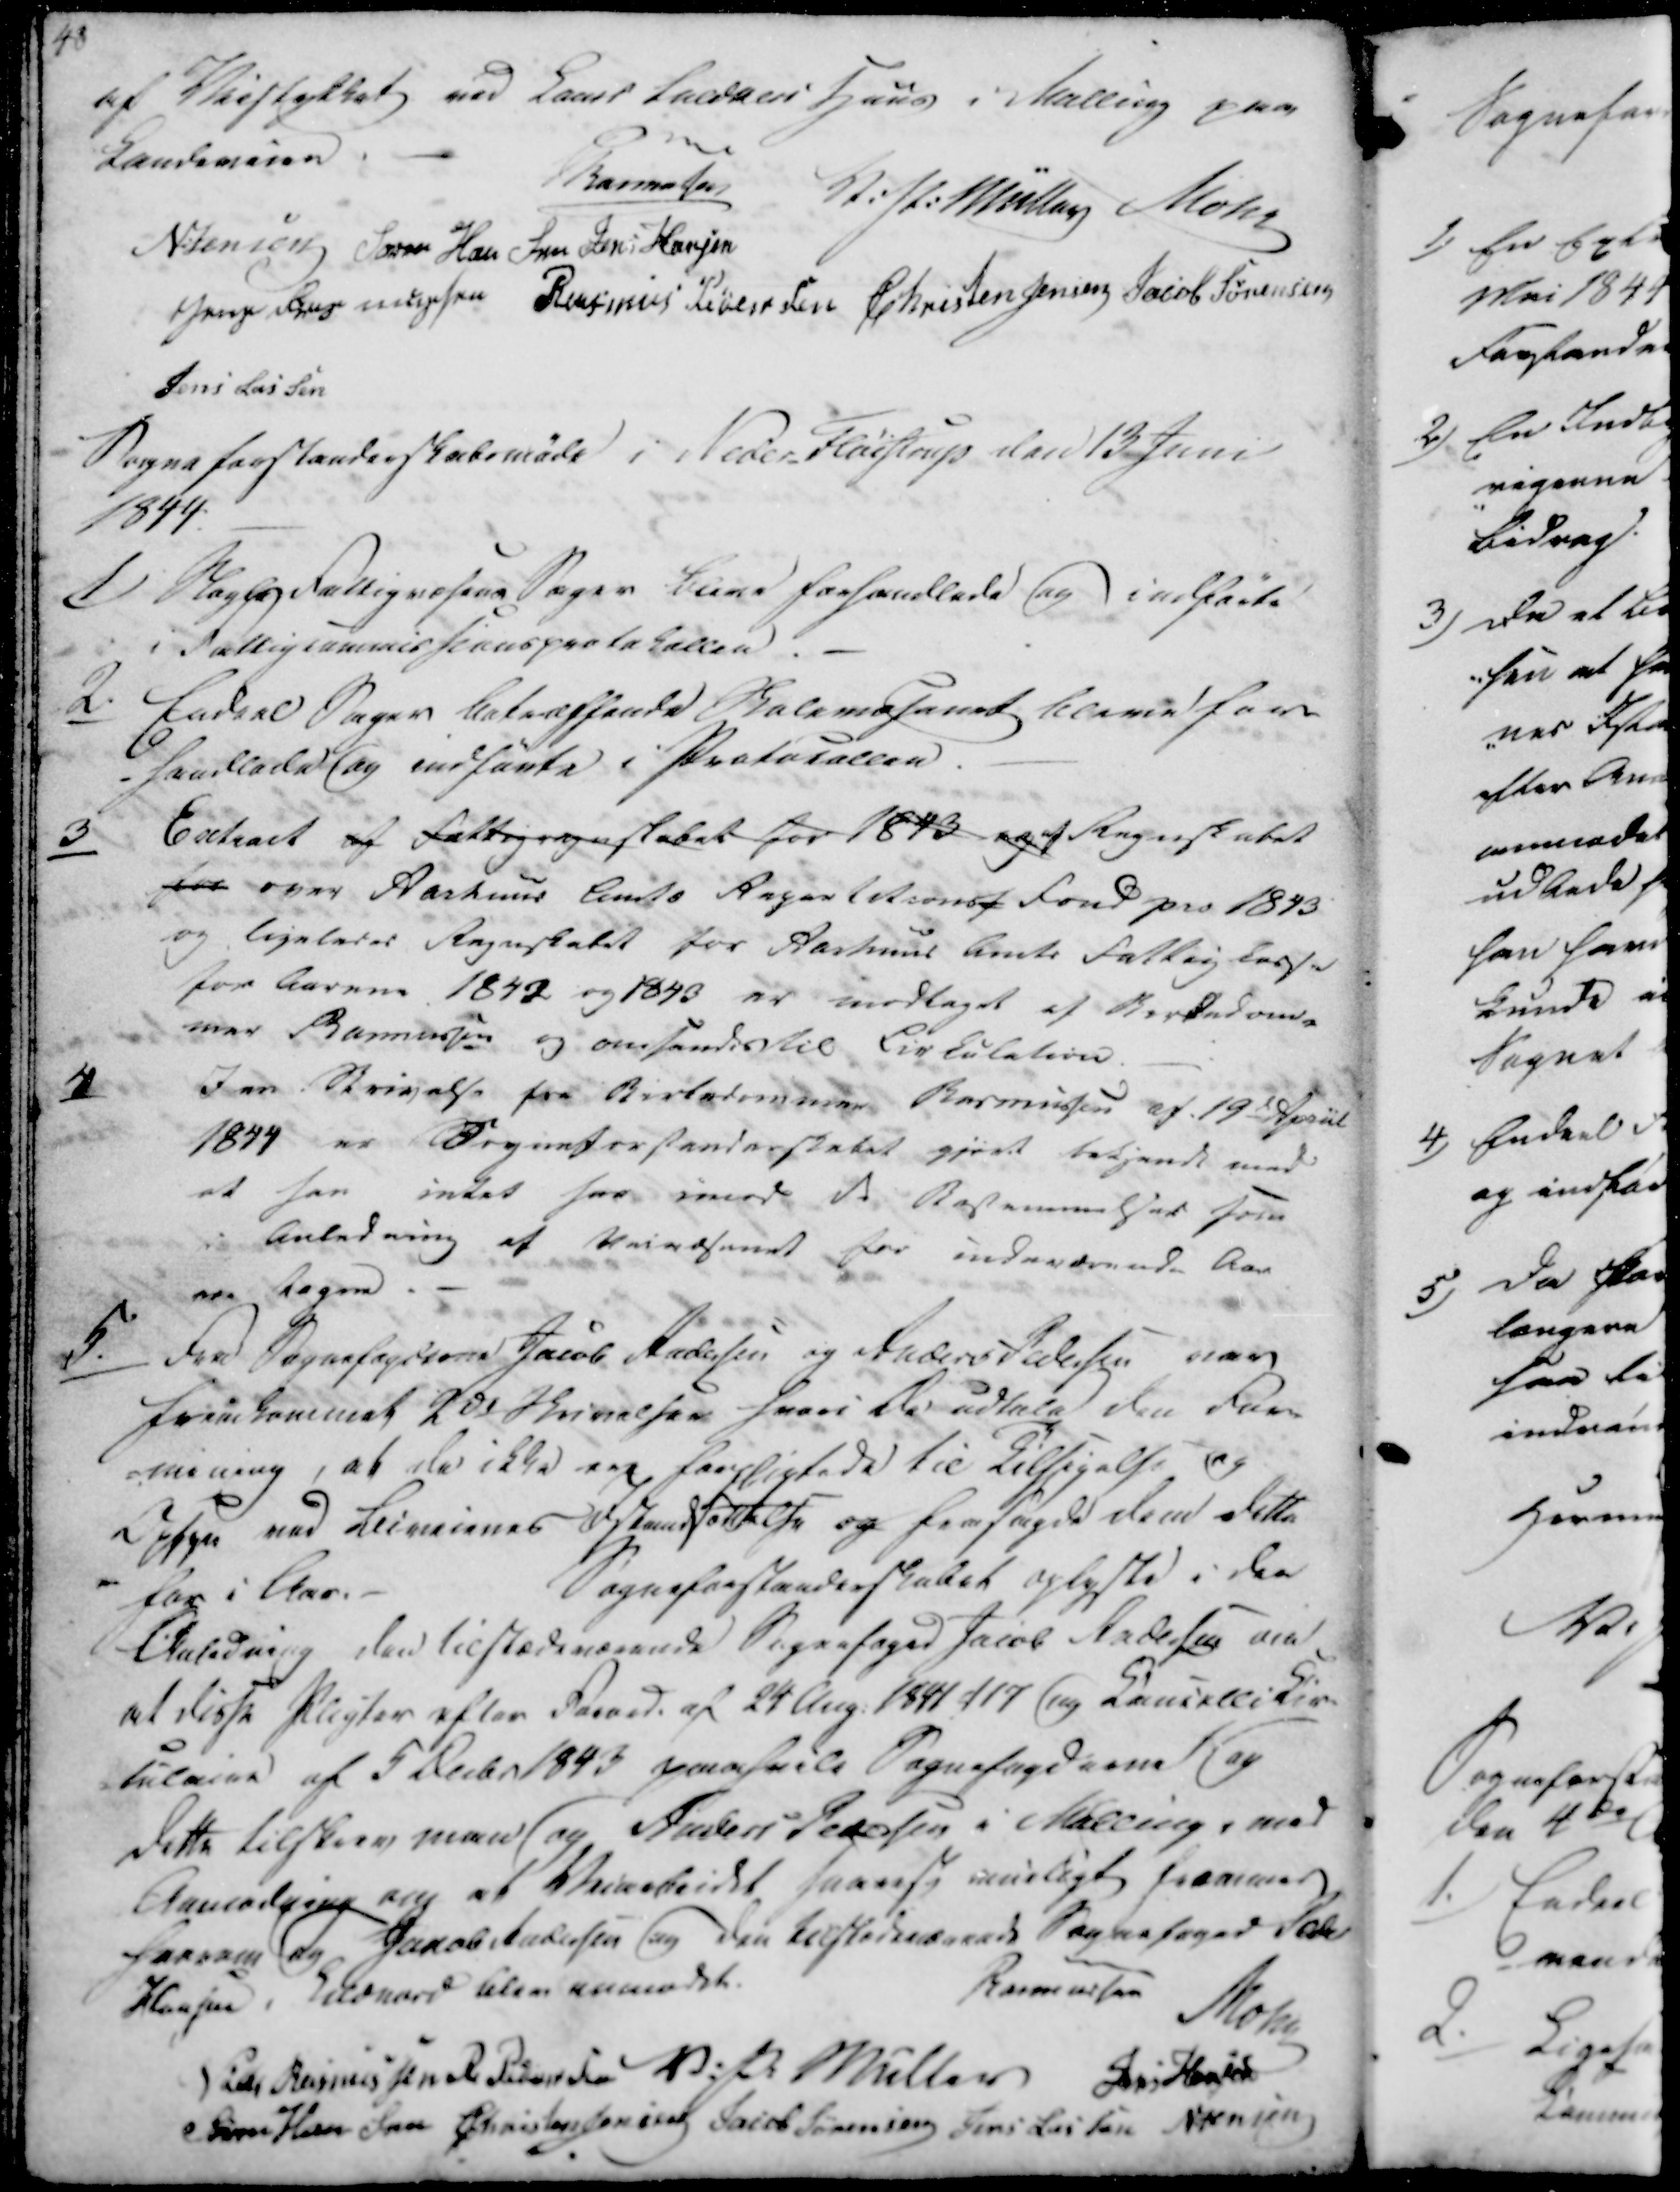
Transskription:
af Veistykket ved Laust Laldaers Huus i Malling paa
Landeveien

Rasmussen
V. P. Müller
Mohr
N. Jensen
Søren Hansen
Jens Hansen
Jens Rasmussen
Rasmus Pedersen
Christen Jensen
Jacob Sørensen
Jens Lassen

Sogneforstanderskabsmøde i Neder Fløistrup den 13 Juni
1844.

1)

Nogle Fattigvæsens Sager blive forhandlede og indførte
i Fattigcommissionsprotokollen.

2.

Endeel Sager betræffende Skolevæsenet bleve for-
handlede og indførte i Protocollen.

3

Entract af Fattigregnskabet for 1843 og af Regnskabet
for over Aarhuus Amts Repartitionsf Fond pro 1843
og ligeledes Regnskabet for Aarhuus Amts Fattigkasse
for Aarene 1842 og 1843 er modtaget af Birkedom-
mer Rasmussen og omsendes til Circolation.

4

I en Skrivelse fra Birkedommer Rasmussen af 19d April
1844 er Sogneforstanderskabet gjort bekjendt med
at han intet har imod de Bestemmelser som
i Anledning af Veivæsenet for indeværende Aar
ere tagen. -

5./

Fra Sognefogderne Jacob Andersen og Anders Pedersen var
fremkommet 2d Skrivelser hvori De udtale den For-
-mening, at de ikke ere forpligtede til Tilsigelse og
Opsyn ved Biveienes Istandsættelse og forsagde dem dette
- for i Aar.
Sogneforstanderskabet oplyste i den
Anledning den tilstædeværende Sognefoged Jacob Andersen om
at disse Pligter efter Forord. af 24 Aug. 1841 117 og Cancelli Cir-
kulaire af 5 Decbr 1843 paahvile Sognefogderne og
dette tilskrev man og Anders Pedersen i Malling, med
Anmodning om at Veiarbeidet snarest muligt fremover
Farrom og Jakob Andersen og den tilstedeværende Sognefoged Peder
Hansen i Lildnord blev anmodet.

Rasmussen
Mohr
Niels Rasmussen
A. Pedersen
V. P. Müller
Jens Hansen
Søren Hansen
Christen Jensen
Jacob Sørensen
Jens Lassen
N Jensen